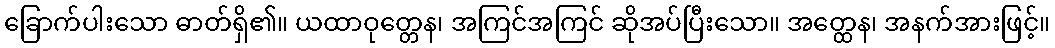
ခြောက်ပါးသော ဓာတ်ရှိ၏။ ယထာဝုတ္တေန၊ အကြင်အကြင် ဆိုအပ်ပြီးသော။ အတ္ထေန၊ အနက်အားဖြင့်။